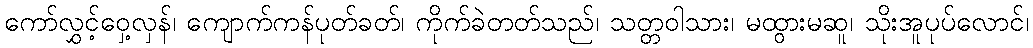
ကော်လွှင့်ဝှေ့လှန်၊ ကျောက်ကန်ပုတ်ခတ်၊ ကိုက်ခဲတတ်သည်၊ သတ္တဝါသား၊ မထွားမဆူ၊ သိုးအူပုပ်လောင်၊